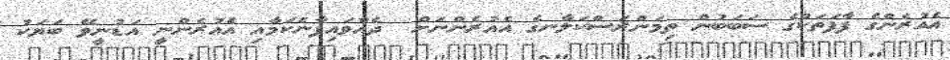
އެއުރެންގެ ފާފަތަކުގެ ސަބަބުން ތިމަންރަސްކަލާނގެ އެއުރެންނަށް  ދެއްވައިފާނެކަމާއި އެއުރެންނީ އަޑުނީވޭ ބަޔަކު